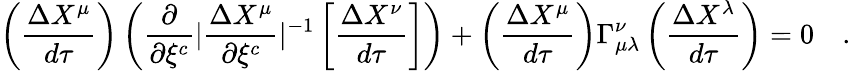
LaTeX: \left({\frac{\Delta X^{\mu}}{d\tau}}\right)\left({\frac{\partial}{\partial\xi^{c}}}|{\frac{\Delta X^{\mu}}{\partial\xi^{c}}}|^{-1}\left[{\frac{\Delta X^{\nu}}{d\tau}}\right]\right)+\left({\frac{\Delta X^{\mu}}{d\tau}}\right)\Gamma_{\mu\lambda}^{\nu}\left({\frac{\Delta X^{\lambda}}{d\tau}}\right)=0\quad.